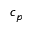
c _ { p }